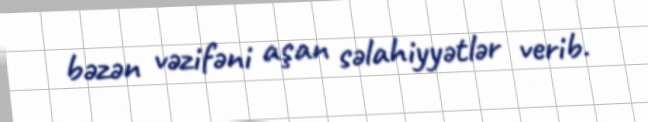
bəzən vəzifəni aşan səlahiyyətlər verib.